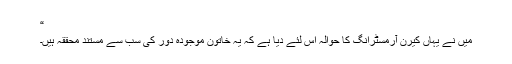
“
میں نے یہاں کیرن آرمسٹرانگ کا حوالہ اس لئے دیا ہے کہ یہ خاتون موجودہ دور کی سب سے مستند محقّقہ ہیں۔